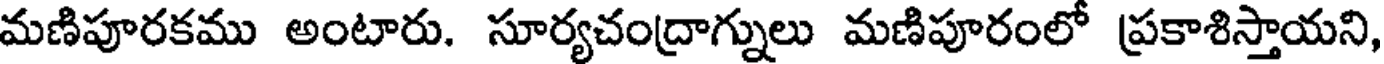
మణిపూరకము అంటారు. సూర్యచంద్రాగ్నులు మణిపూరంలో ప్రకాశిస్తాయని,